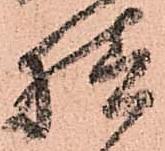
様